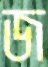
জ